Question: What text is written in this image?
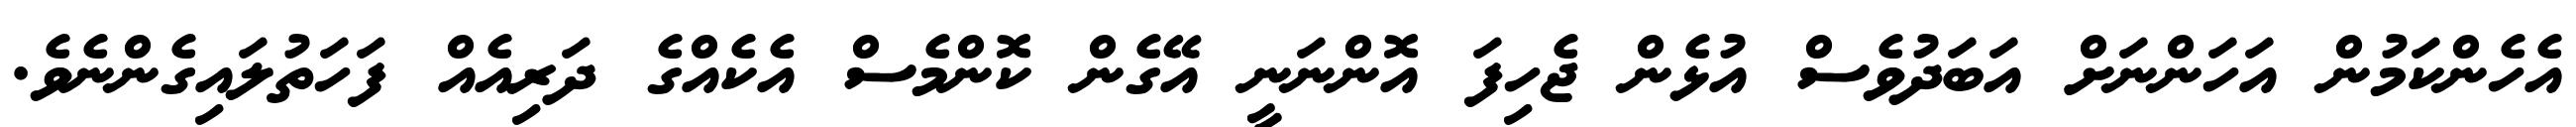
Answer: އެހެންކަމުން އަހަންނަށް އަބަދުވެސް އުޅެން ޖެހިފަ އޮންނަނީ އޭގެން ކޮންމެސް އެކެއްގެ ދަރިއެއް ފަހަތުލައިގެންނެވެ.